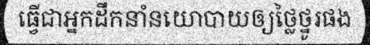
ធ្វើជាអ្នកដឹកនាំនយោបាយឲ្យថ្លៃថ្នូរផង